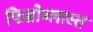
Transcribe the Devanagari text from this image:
फिब्रोब्लास्त